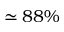
\simeq 8 8 \%